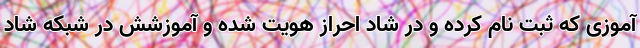
آموزی که ثبت نام کرده و در شاد احراز هویت شده و آموزشش در شبکه شاد